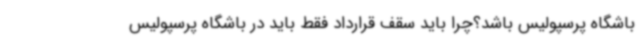
باشگاه پرسپولیس باشد؟چرا باید سقف قرارداد فقط باید در باشگاه پرسپولیس